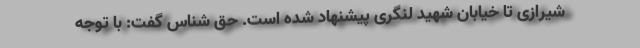
شیرازی تا خیابان شهید لنگری پیشنهاد شده است. حق شناس گفت: با توجه